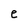
Character: e